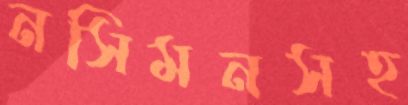
নসিমনসহ